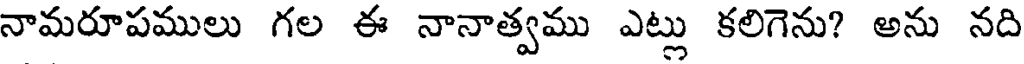
నామరూపములు గల ఈ నానాత్వము ఎట్లు కలిగెను? అను నది